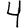
Digit: 4